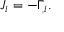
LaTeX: J _ { i } = - \Gamma _ { , i } .